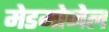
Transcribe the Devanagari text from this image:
मेडमोजेल